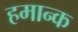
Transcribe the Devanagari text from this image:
हमान्क